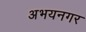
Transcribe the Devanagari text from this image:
अभयनगर